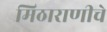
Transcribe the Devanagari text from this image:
मिठाराणीचे